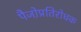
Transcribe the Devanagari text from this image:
पैजो़प्रतिरोधक